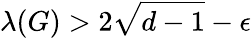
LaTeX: \lambda(G)>2{\sqrt{d-1}}-\epsilon